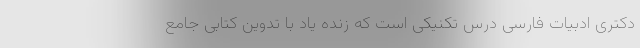
دکتری ادبیات فارسی درس تکنیکی است که زنده یاد با تدوین کتابی جامع